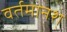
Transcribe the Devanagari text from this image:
वर्तमानश्